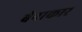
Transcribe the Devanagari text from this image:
बेनाकार